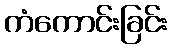
ကံကောင်းခြင်း